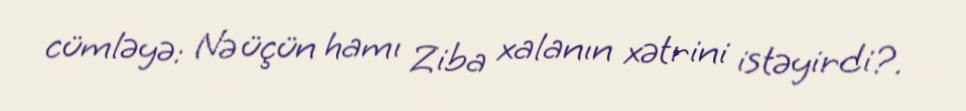
cümləyə: Nə üçün hamı Ziba xalanın xətrini istəyirdi?.